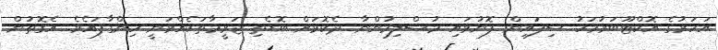
އަހަރުގެ އޮކްޓޫބަރުމަހު ސިފައިން ފޮނުވައި މުސްލިމުންނާ ދެކޮޅަށް ބޮޑެތި ޖަރީމާތަކެއްވަނީ ހިންގާފައެވެ. އެގޮތުން